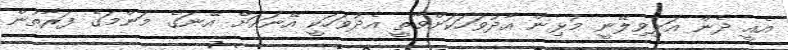
އެއީ ދެން އަލިވިލޭނީ މުޅިން އާދުވަހަކަށްވާތީ އެދުވަހަކީ އޭނައަށް އޭނަގެ މަންމަގެ ފަރާތުން